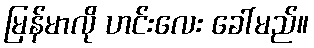
မြန်မာလို ဟင်းလေး ခေါ်မည်။